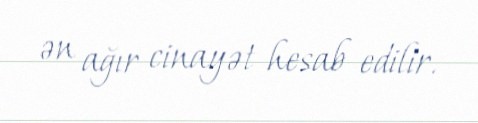
ən ağır cinayət hesab edilir.